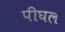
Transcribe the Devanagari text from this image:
पीघल